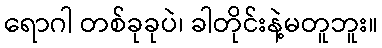
ရောဂါ တစ်ခုခုပဲ၊ ခါတိုင်းနဲ့မတူဘူး။